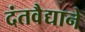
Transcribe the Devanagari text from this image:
दंतवैद्याने